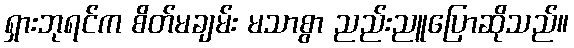
ရှားဘုရင်က စိတ်မချမ်း မသာစွာ ညည်းညူပြောဆိုသည်။